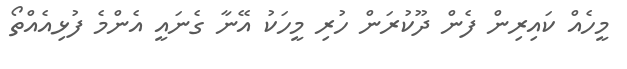
މީހެއް ކައިރިން ފެން ދޫކުރަން ހުރި މީހަކު އޭނާ ގެނައީ އެންމެ ފުޅިއެއްތޯ